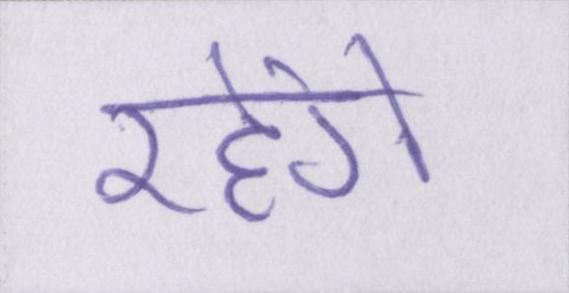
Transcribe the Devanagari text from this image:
रहेंगे